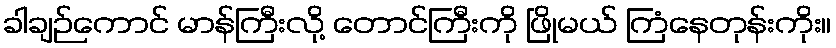
ခါချဉ်ကောင် မာန်ကြီးလို့ တောင်ကြီးကို ဖြိုမယ် ကြံနေတုန်းကိုး။